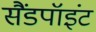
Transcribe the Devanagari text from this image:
सैंडपॉइंट